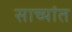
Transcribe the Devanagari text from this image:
साच्यांत